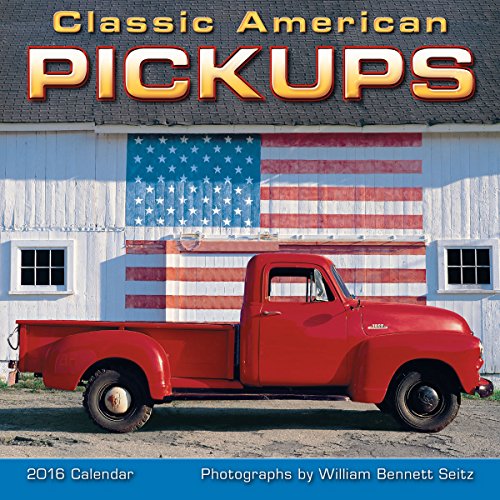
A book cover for Classic American Pickups 2016 Mini Calendar; William Bennett Seitz; Calendars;